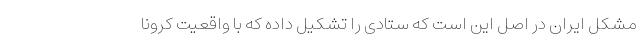
مشکل ایران در اصل این است که ستادی را تشکیل داده که با واقعیت کرونا